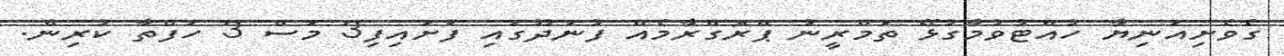
ގެވެށިއަނިޔާ ހުއްޓުވުމާގުޅޭ ތަމްރީނު ޕްރޮގްރާމެއް ފުނަދޫގައި ފަށައިފި3 މަސް 3 ހަފްތާ ކުރިން.